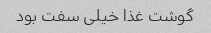
گوشت غذا خیلی سفت بود